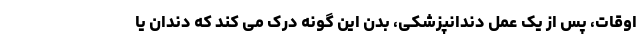
اوقات، پس از یک عمل دندانپزشکی، بدن این گونه درک می کند که دندان یا